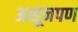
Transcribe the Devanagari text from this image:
असूनपण